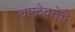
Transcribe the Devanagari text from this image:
वाग्देवतेचे